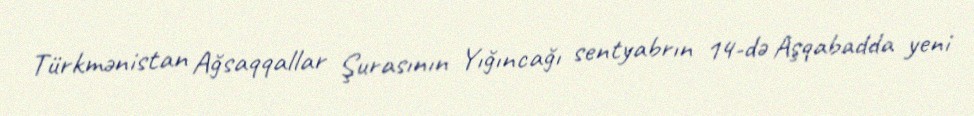
Türkmənistan Ağsaqqallar Şurasının Yığıncağı sentyabrın 14-də Aşqabadda yeni